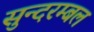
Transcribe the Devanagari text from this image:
सुन्दरम्बल